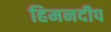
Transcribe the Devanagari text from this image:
हिमनदीप